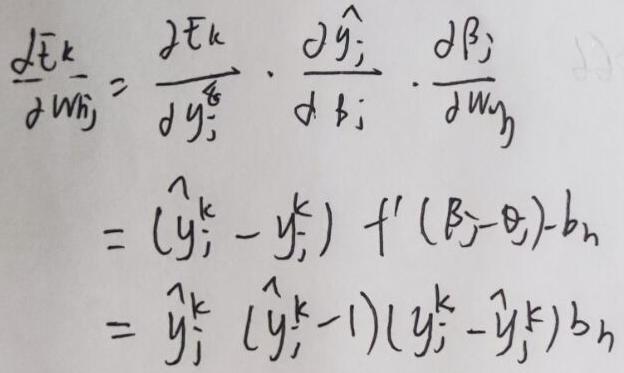
\[
\begin{align*}
\frac{\partial \bar{E}^k}{\partial w_{ij}}&=\frac{\partial \bar{E}^k}{\partial \hat{y}_j^k}\cdot\frac{\partial \hat{y}_j^k}{\partial \beta_j}\cdot\frac{\partial \beta_j}{\partial w_{ij}}\\
&=(\hat{y}_j^k - y_j^k)f'(\beta_j - \theta_j)b_i\\
&=\hat{y}_j^k(\hat{y}_j^k - 1)(y_j^k - \hat{y}_j^k)b_i
\end{align*}
\]